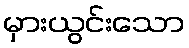
မှားယွင်းသော